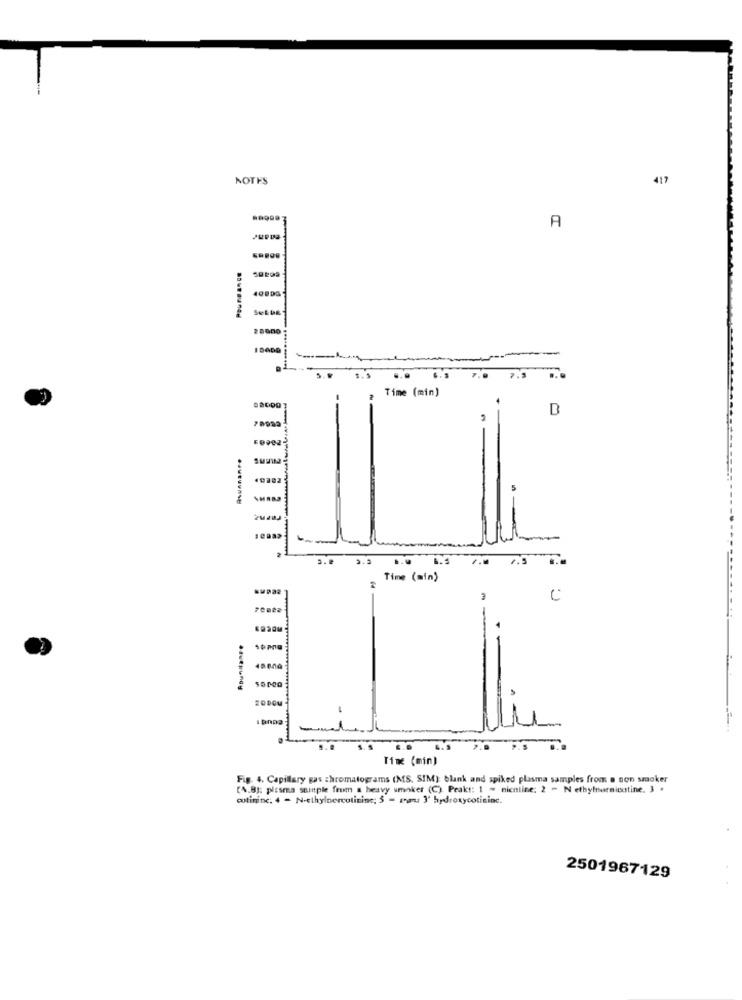
NOTES
417
A
man?
5.9
Time (min)
B
zuen,
2.
...
Time (min)
·duepringy
Time (min)
Fig. 4. Capillary gas chromatograms (MS, SIM): blank and spiked plasma samples from a non smoker
(4.B): plasma suunple from a heavy smoker (C) Peakt: 1 - nicotine: 2 - N ethylnurnicotine. 3 .
cotininc. 4 - N-ethylnercotinine; 3 - fans ]' hydroxycotieine.
2501967129